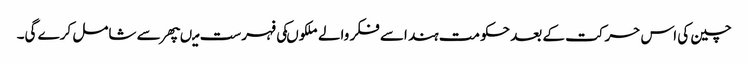
چین کی اس حرکت کے بعد حکومت ہند اسے فکر والے ملکوںکی فہرست میںپھر سے شامل کرے گی۔